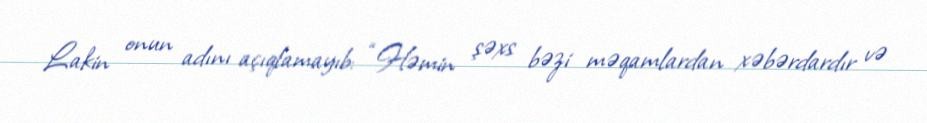
Lakin onun adını açıqlamayıb: “Həmin şəxs bəzi məqamlardan xəbərdardır və